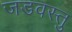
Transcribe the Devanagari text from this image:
जडवस्तु